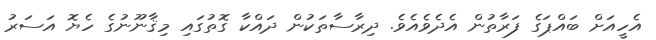
އެހީއަށް ބައްޕަގެ ފަރާތުން އެދެވެއެެވެ. ދިރާސާތަކުން ދައްކާ ގޮތުގައި މިޤާނޫނުގެ ހެޔޮ އަސަރު